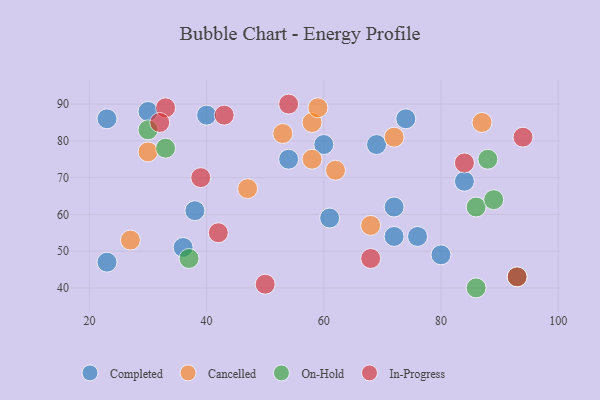
{"axis": {"x": "GDP", "y": "Life Expectancy"}, "legend": ["Cancelled", "Completed", "In-Progress", "On-Hold"], "data": [{"x": "54", "y": 75, "type": "Completed"}, {"x": "23", "y": 47, "type": "Completed"}, {"x": "72", "y": 62, "type": "Completed"}, {"x": "61", "y": 59, "type": "Completed"}, {"x": "80", "y": 49, "type": "Completed"}, {"x": "60", "y": 79, "type": "Completed"}, {"x": "30", "y": 88, "type": "Completed"}, {"x": "76", "y": 54, "type": "Completed"}, {"x": "40", "y": 87, "type": "Completed"}, {"x": "36", "y": 51, "type": "Completed"}, {"x": "72", "y": 54, "type": "Completed"}, {"x": "84", "y": 69, "type": "Completed"}, {"x": "38", "y": 61, "type": "Completed"}, {"x": "69", "y": 79, "type": "Completed"}, {"x": "74", "y": 86, "type": "Completed"}, {"x": "23", "y": 86, "type": "Completed"}, {"x": "87", "y": 85, "type": "Cancelled"}, {"x": "27", "y": 53, "type": "Cancelled"}, {"x": "58", "y": 75, "type": "Cancelled"}, {"x": "62", "y": 72, "type": "Cancelled"}, {"x": "58", "y": 85, "type": "Cancelled"}, {"x": "72", "y": 81, "type": "Cancelled"}, {"x": "53", "y": 82, "type": "Cancelled"}, {"x": "30", "y": 77, "type": "Cancelled"}, {"x": "47", "y": 67, "type": "Cancelled"}, {"x": "68", "y": 57, "type": "Cancelled"}, {"x": "59", "y": 89, "type": "Cancelled"}, {"x": "86", "y": 40, "type": "On-Hold"}, {"x": "30", "y": 83, "type": "On-Hold"}, {"x": "37", "y": 48, "type": "On-Hold"}, {"x": "86", "y": 62, "type": "On-Hold"}, {"x": "93", "y": 43, "type": "On-Hold"}, {"x": "33", "y": 78, "type": "On-Hold"}, {"x": "89", "y": 64, "type": "On-Hold"}, {"x": "88", "y": 75, "type": "On-Hold"}, {"x": "84", "y": 74, "type": "In-Progress"}, {"x": "33", "y": 89, "type": "In-Progress"}, {"x": "42", "y": 55, "type": "In-Progress"}, {"x": "68", "y": 48, "type": "In-Progress"}, {"x": "32", "y": 85, "type": "In-Progress"}, {"x": "93", "y": 43, "type": "In-Progress"}, {"x": "50", "y": 41, "type": "In-Progress"}, {"x": "54", "y": 90, "type": "In-Progress"}, {"x": "94", "y": 81, "type": "In-Progress"}, {"x": "43", "y": 87, "type": "In-Progress"}, {"x": "39", "y": 70, "type": "In-Progress"}]}